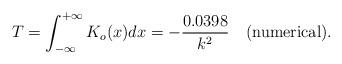
LaTeX: \begin{align*}T=\int_{-\infty}^{+\infty}K_o(x)dx=-\frac{0.0398}{k^2}\ \ \ {\rm(numerical)}.\end{align*}